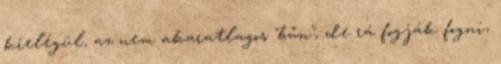
kielégül, az nem akaratlagos "bűn", de rá fogják fogni,